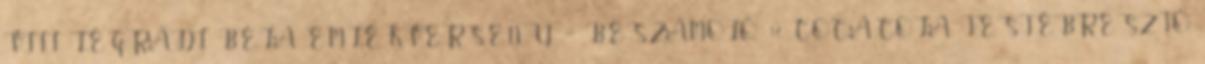
VIII. LÉGRÁDI BÉLA EMLÉKVERSENY – BESZÁMOLÓ: 17. COCA-COLA TESTÉBRESZTŐ